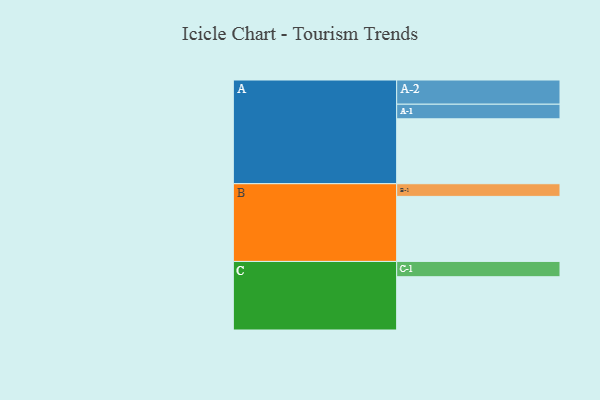
{"axis": {"x": "Segment", "y": "Value"}, "legend": ["", "A", "B", "C"], "data": [{"x": "A", "y": 574, "type": ""}, {"x": "B", "y": 575, "type": ""}, {"x": "C", "y": 471, "type": ""}, {"x": "A-1", "y": 129, "type": "A"}, {"x": "A-2", "y": 214, "type": "A"}, {"x": "B-1", "y": 112, "type": "B"}, {"x": "C-1", "y": 135, "type": "C"}]}